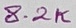
Text: 8.2K